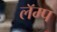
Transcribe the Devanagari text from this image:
लॅम्प